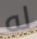
له